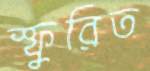
স্ফুরিত